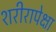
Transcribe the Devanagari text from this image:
शरीरापेक्षा